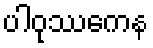
ပါဝုဿကေန